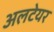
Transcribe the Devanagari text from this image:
अलटेयर